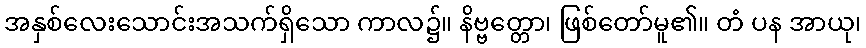
အနှစ်လေးသောင်းအသက်ရှိသော ကာလ၌။ နိဗ္ဗတ္တော၊ ဖြစ်တော်မူ၏။ တံ ပန အာယု၊